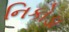
નિકોડા